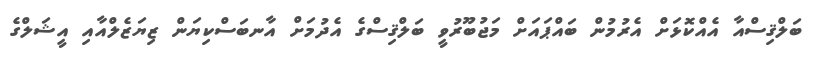
ބަލްޤިސްއާ އެއްކޮޅަށް އެރުމުން ބައްޕައަށް މަޖުބޫރުވީ ބަލްޤިސްގެ އެދުމަށް އާނބަސްކިޔަން ޒިޔަޒެލްއާއި އީޝަލްގެ